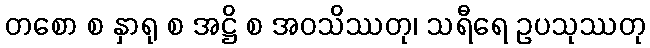
တစော စ နှာရု စ အဋ္ဌိ စ အဝသိဿတု၊ သရီရေ ဥပသုဿတု